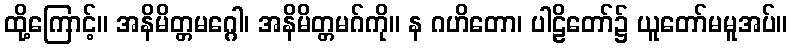
ထို့ကြောင့်။ အနိမိတ္တမဂ္ဂေါ၊ အနိမိတ္တမဂ်ကို။ န ဂဟိတော၊ ပါဠိတော်၌ ယူတော်မမူအပ်။